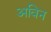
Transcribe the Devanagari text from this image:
अविन